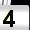
Digit: 4